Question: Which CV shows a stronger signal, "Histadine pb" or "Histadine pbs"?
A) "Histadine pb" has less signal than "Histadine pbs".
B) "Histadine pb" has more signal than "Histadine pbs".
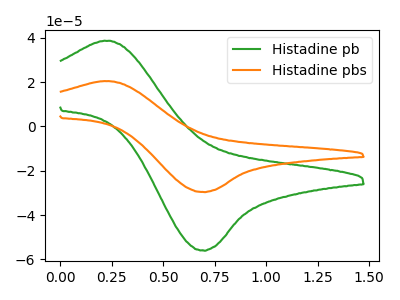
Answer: <think>The green curve "Histadine pb" has an anodic peak at (0.25V, 38.60uA) and a cathodic peak at (0.70V, -55.90uA). The orange curve "Histadine pbs" has an anodic peak at (0.25V, 20.40uA) and a cathodic peak at (0.70V, -29.55uA).
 All the peaks in "Histadine pb" have a peak in "Histadine pbs" at the same potential. Every peak in "Histadine pb" is higher than every peak in "Histadine pbs".</think>
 <answer>B) "Histadine pb" has more signal than "Histadine pbs".</answer>
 <eval>B</eval>